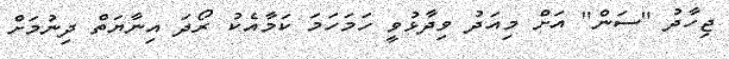
ޖިހާދު "ސަން" އަށް މިއަދު ވިދާޅުވީ ހަމަހަމަ ކަމާއެކު ރޯދަ އިނާޔަތް ދިނުމަށް